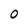
Character: 0